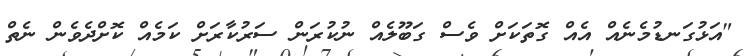
"އަޅުގަނޑުމެނެއް އެއް ގޮތަކަށް ވެސް ގަބޫލެއް ނުކުރަން ސަރުކާރަށް ކަމެއް ކޮށްދެވެން ނެތް